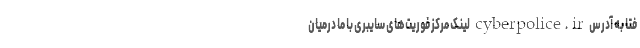
فتا به آدرس cyberpolice.ir لینک مرکز فوریت‌های سایبری با ما درمیان